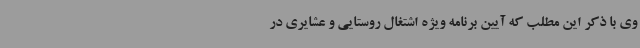
وی با ذکر این مطلب که آیین برنامه‌ ویژه اشتغال روستایی و عشایری در